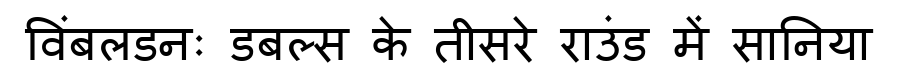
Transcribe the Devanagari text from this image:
विंबलडनः डबल्स के तीसरे राउंड में सानिया